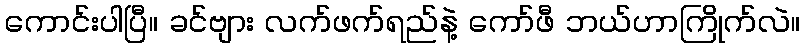
ကောင်းပါပြီ။ ခင်ဗျား လက်ဖက်ရည်နဲ့ ကော်ဖီ ဘယ်ဟာကြိုက်လဲ။